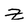
Character: z